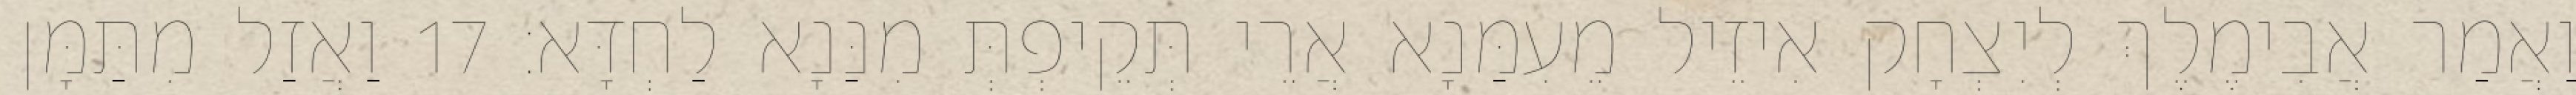
וַאֲמַר אֲבִימֶלֶךְ לְיִצְחָק אִיזֵיל מֵעִמַּנָא אֲרֵי תְּקֵיפְתְּ מִנַּנָא לַחְדָּא׃ 17 וַאֲזַל מִתַּמָּן